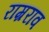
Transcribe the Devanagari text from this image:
राम्रराव